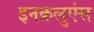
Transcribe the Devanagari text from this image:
इनक्रलुएंस